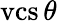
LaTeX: \operatorname{vcs}\theta